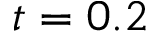
t = 0 . 2